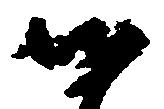
候